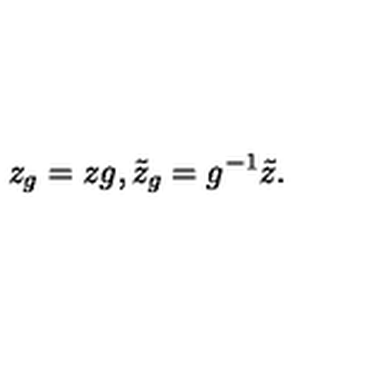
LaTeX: z _ { g } = z g , \tilde { z } _ { g } = g ^ { - 1 } \tilde { z } .